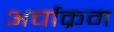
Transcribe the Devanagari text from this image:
अर्चाक्रम